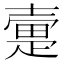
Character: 㚄